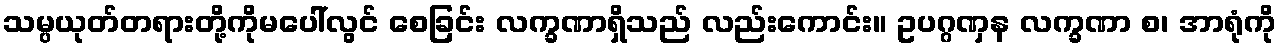
သမ္ပယုတ်တရားတို့ကိုမပေါ်လွင် စေခြင်း လက္ခဏာရှိသည် လည်းကောင်း။ ဥပဂ္ဂဏှန လက္ခဏာ စ၊ အာရုံကို